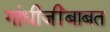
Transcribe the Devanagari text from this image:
गांधीजींबाबत